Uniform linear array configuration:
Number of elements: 12
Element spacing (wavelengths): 0.75
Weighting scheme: hann
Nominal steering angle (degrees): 15
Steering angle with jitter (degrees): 13.917
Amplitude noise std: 0.05
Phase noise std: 0.05

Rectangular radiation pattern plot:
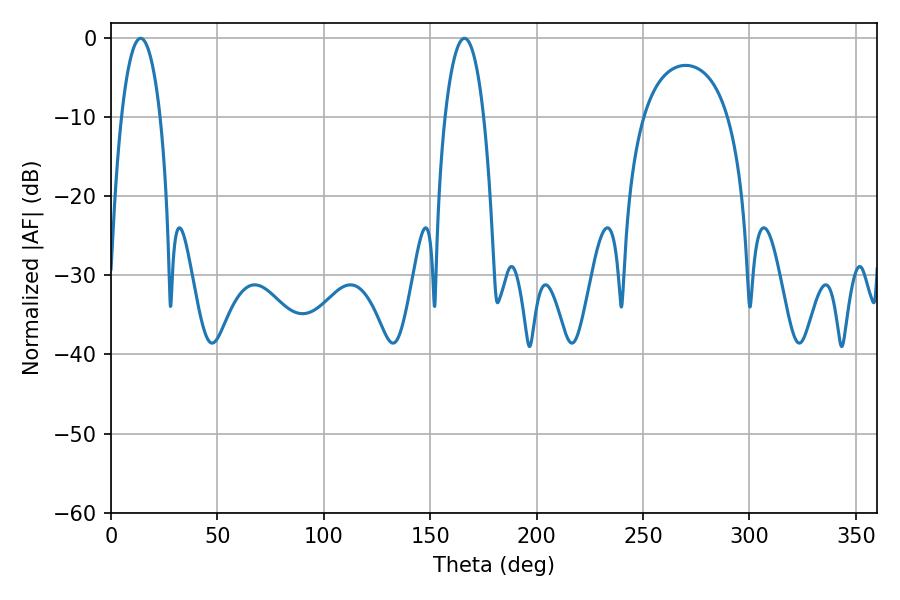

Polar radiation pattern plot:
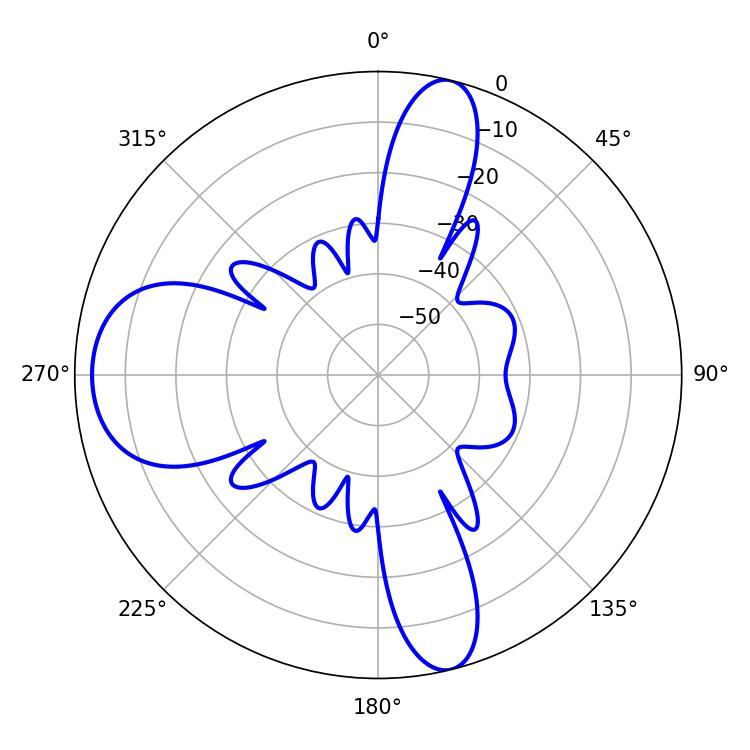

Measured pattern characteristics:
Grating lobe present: TRUE
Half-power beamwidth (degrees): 10.26
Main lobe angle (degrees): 13.86